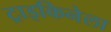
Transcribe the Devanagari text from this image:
ट्राइकिनेला